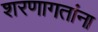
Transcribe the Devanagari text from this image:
शरणागतांना